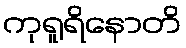
ကုရူရိနောတိ